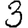
Digit: 3